Annual administration report of the Civil Veterinary Department of India - 1910-1911
Year: 1910
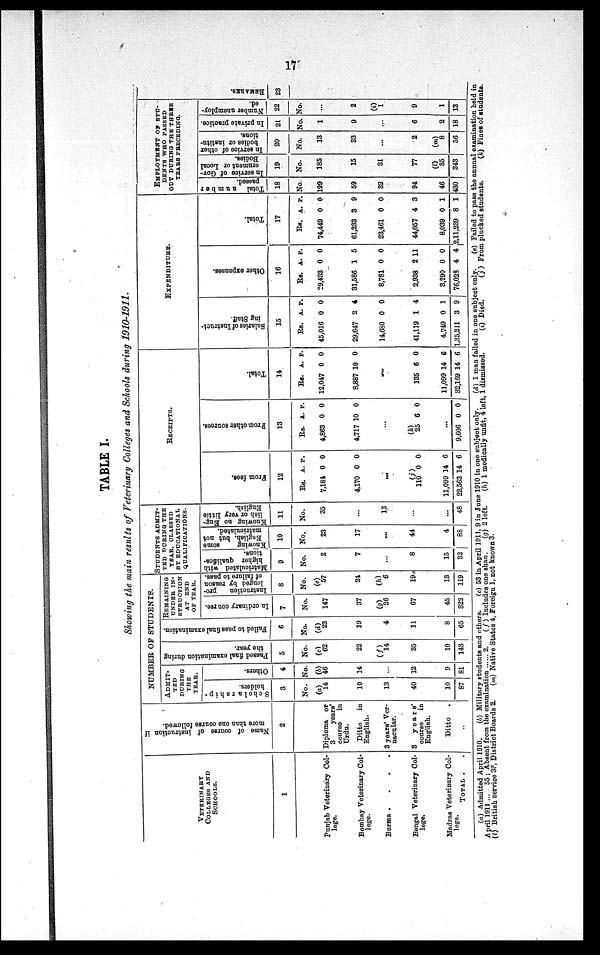
17
TABLE I.
Showing the main results of Veterinary Colleges and Schools during 1910-1911.
VETERINARY
COLLEGES AND
SCHOOLS.
1
Punjab Veterinary Col-
lege.
Bombay Veterinary Col-
lege.
Burma .
.
.
.
Bengal Veterinary Col-
lege.
Madras Veterinary Col-
lege.
TOTAL . .
Name of course of instruction if
more than one course followed.
2
Diploma or
3
years'
course
in
Urdu.
Ditto
in
English.
3 years' Ver-
nacular.
3
years'
course
in
English.
Ditto .
..
NUMBER OF STUDENTS.
ADMIT-
---
DURING
THE
YEAR.
Scholarship-
holders.
3
No.
(a)
14
10
13
40
10
87
Others.
4
No.
(b)
46
14
...
12
9
81
Passed final examination during
the year.
5
No.
(c)
62
22
(f)
34
35
10
143
Failed to pass final examination.
6
No.
(d)
23
19
4
11
8
65
REMAINING
UNDER IN-
STRUCTION
AT END
OP YEAR.
In ordinary course.
7
No.
147
37
(g)
26
67
45
322
Instruction
pro-
longed by reason
of failure to pass.
8
No.
(e)
57
24
(h)
6
19
13
119
STUDENTS
ADMIT-
---
DURING THE
YEAR, CLASSED
BY EDUCATIONAL
QUALIFICATIONS.
Matriculated with
higher qualifica-
tions.
9
No.
2
7
...
8
15
32
Knowing
some
English, but not
matriculated.
10
No.
23
17
...
44
4
88
Knowing no Eng-
lish or very little
English.
11
No.
35
...
13
...
...
48
RECEIPTS.
From fees.
12
Rs.
7,184
4,170
...
(j)
110
11,099
22,563
A.
0
0
0
14
14
P.
0
0
0
6
6
From
other sources.
13
Rs.
4,863
4,717
...
(k)
25
...
9,606
A.
0
10
6
0
P.
0
0
0
0
Total.
14
Rs.
12,047
8,887
...
135
11,099
32,169
A.
0
10
6
14
14
P.
0
0
0
6
6
EXPENDITURE.
Salaries of Instruct-
ing Staff.
15
Rs.
45,016
29,647
14,680
41,119
4,749
1,35,211
A.
0
2
0
1
0
3
P.
0
4
0
4
1
9
Other expenses.
16
Rs.
29,433
31,586
8,781
2,938
3,290
76,028
A.
0
1
0
2
0
4
p.
0
5
0
11
0
4
Total.
17
Rs.
74,449
61,233
23,461
44,057
8,039
2,11,239
A.
0
3
0
4
0
8
P.
0
9
0
3
1
1
EMPLOYMENT OF STU-
----- WHO PASSED
OUT DURING THE THREE
YEARS PRECEDING.
Total number
passed.
18
No.
199
59
32
94
46
430
In service
of Gov-
ernment or Local
Bodies.
19
No.
185
15
31
77
(l)
35
343
In service of other
bodies or institu-
tions.
20
No.
13
33
...
2
(m)
8
56
In private practice.
21
No.
1
9
...
6
2
18
Number unemploy-
ed.
22
No.
...
2
(i)
1
9
1
13
REMARKS.
23
(a) Admitted April 1910.
(b) Military students and others.
(c) 53 in April 1911, 9 in June 1910 in one subject only.
(d) 1 man failed in one subject only.
(e) Failed to pass the annual examination held in
April 1911 ... 55 ; Absent from the examination
2.
(f) Includes one shan.
(g) 2 left.
(h) 1 medically unfit, 4 left, 1 dismissed.
(i) Died.
(j) From plucked students.
(k) Fines of students.
(l) British service 33, District Boards 2.
(m) Native States 4, Foreign 1, not known 3.